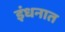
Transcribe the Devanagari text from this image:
इंधनात